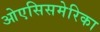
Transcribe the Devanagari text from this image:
ओएसिसमेरिका